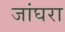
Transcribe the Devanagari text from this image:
जांघरा